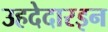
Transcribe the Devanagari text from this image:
उहदेदारइन